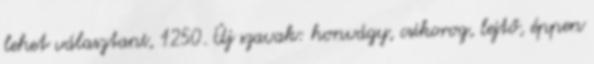
lehet választani, 1250. Új szavak: honvágy, csikorog, lejtő, éppen